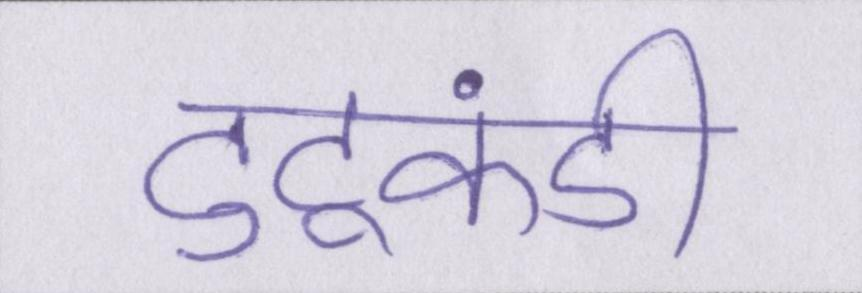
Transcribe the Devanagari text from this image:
टुटूकंडी